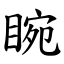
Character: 睕